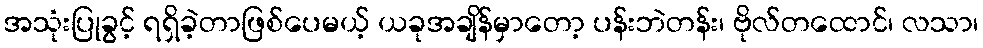
အသုံးပြုခွင့် ရရှိခဲ့တာဖြစ်ပေမယ့် ယခုအချိန်မှာတော့ ပန်းဘဲတန်း၊ ဗိုလ်တထောင်၊ လသာ၊